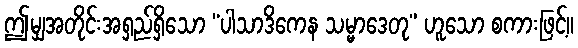
ဤမျှအတိုင်းအရှည်ရှိသော “ပါသာဒိကေန သမ္မာဒေတု” ဟူသော စကားဖြင့်။